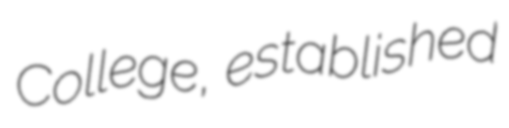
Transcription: College, established